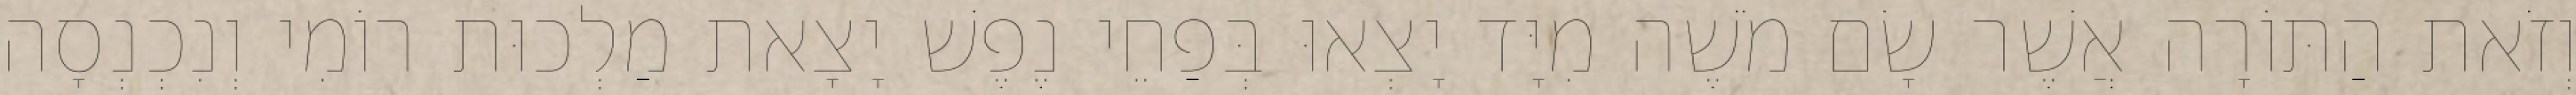
וְזֹאת הַתּוֹרָה אֲשֶׁר שָׂם מֹשֶׁה מִיָּד יָצְאוּ בְּפַחֵי נֶפֶשׁ יָצָאת מַלְכוּת רוֹמִי וְנִכְנְסָה